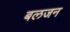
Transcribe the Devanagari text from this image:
बलजन